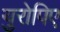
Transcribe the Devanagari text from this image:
युरोपिए